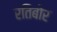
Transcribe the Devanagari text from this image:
रतिबोर